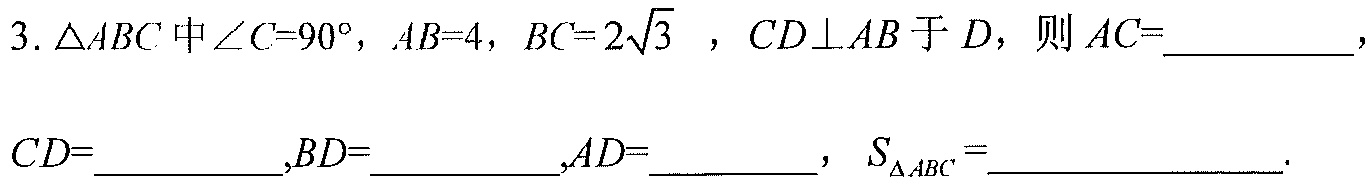
3. \(\triangle ABC\) 中 \(\angle C = 90^{\circ}\)，\(AB = 4\)，\(BC = 2\sqrt{3}\) ，\(CD\perp AB\) 于 \(D\)，则 \(AC=\underline{\qquad\qquad}\)，\(CD=\underline{\qquad\qquad},BD=\underline{\qquad\qquad},AD=\underline{\qquad}\)，\(S_{\triangle ABC}=\underline{\qquad\qquad}\).